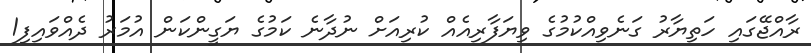
ރާއްޖޭގައި ހަތިޔާރު ގަނެވިއްކުމުގެ ވިޔަފާރިއެއް ކުރިއަށް ނުދާނެ ކަމުގެ ޔަގީންކަން އުމަރު ދެއްވައިފި1